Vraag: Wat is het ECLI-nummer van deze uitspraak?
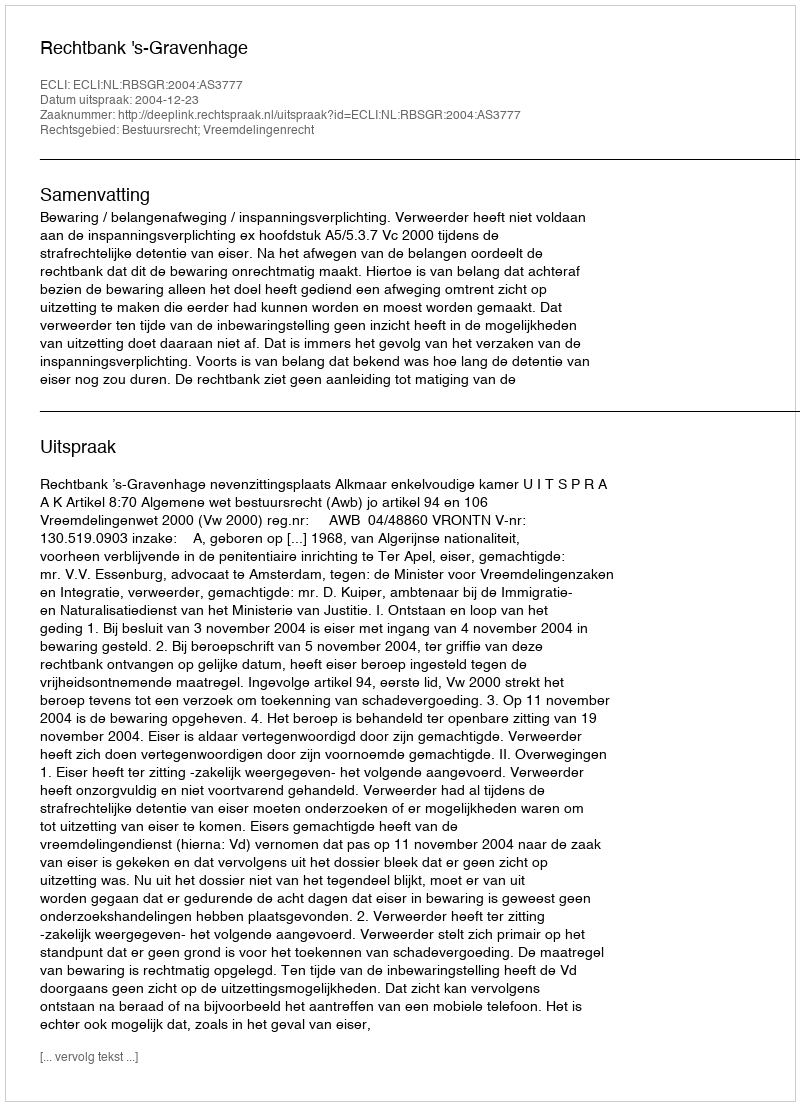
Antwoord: ECLI:NL:RBSGR:2004:AS3777